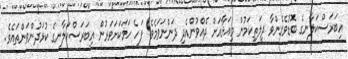
އިބަރަސްކަލާނގެ ބޮޑުވެގެންވާ ދީލަތިކަމުން މިއަޅާއަށް ދެއްވުންއެދި ދަންނަވަމެވެ. ފަހެ ހަމަކަށަވަރުން އިބަރަސްކަލާނގެ ކުޅަދުންވަންތައެވެ.